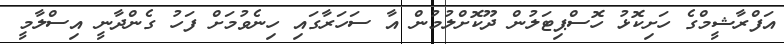
އަފްރާޝީމްގެ ހަށިކޮޅު ހޮސްޕިޓަލުން ދޫކޮށްލުމުން އާ ސަހަރާގައި ހިނެވުމަށް ފަހު ގެންދާނީ އިސްލާމީ